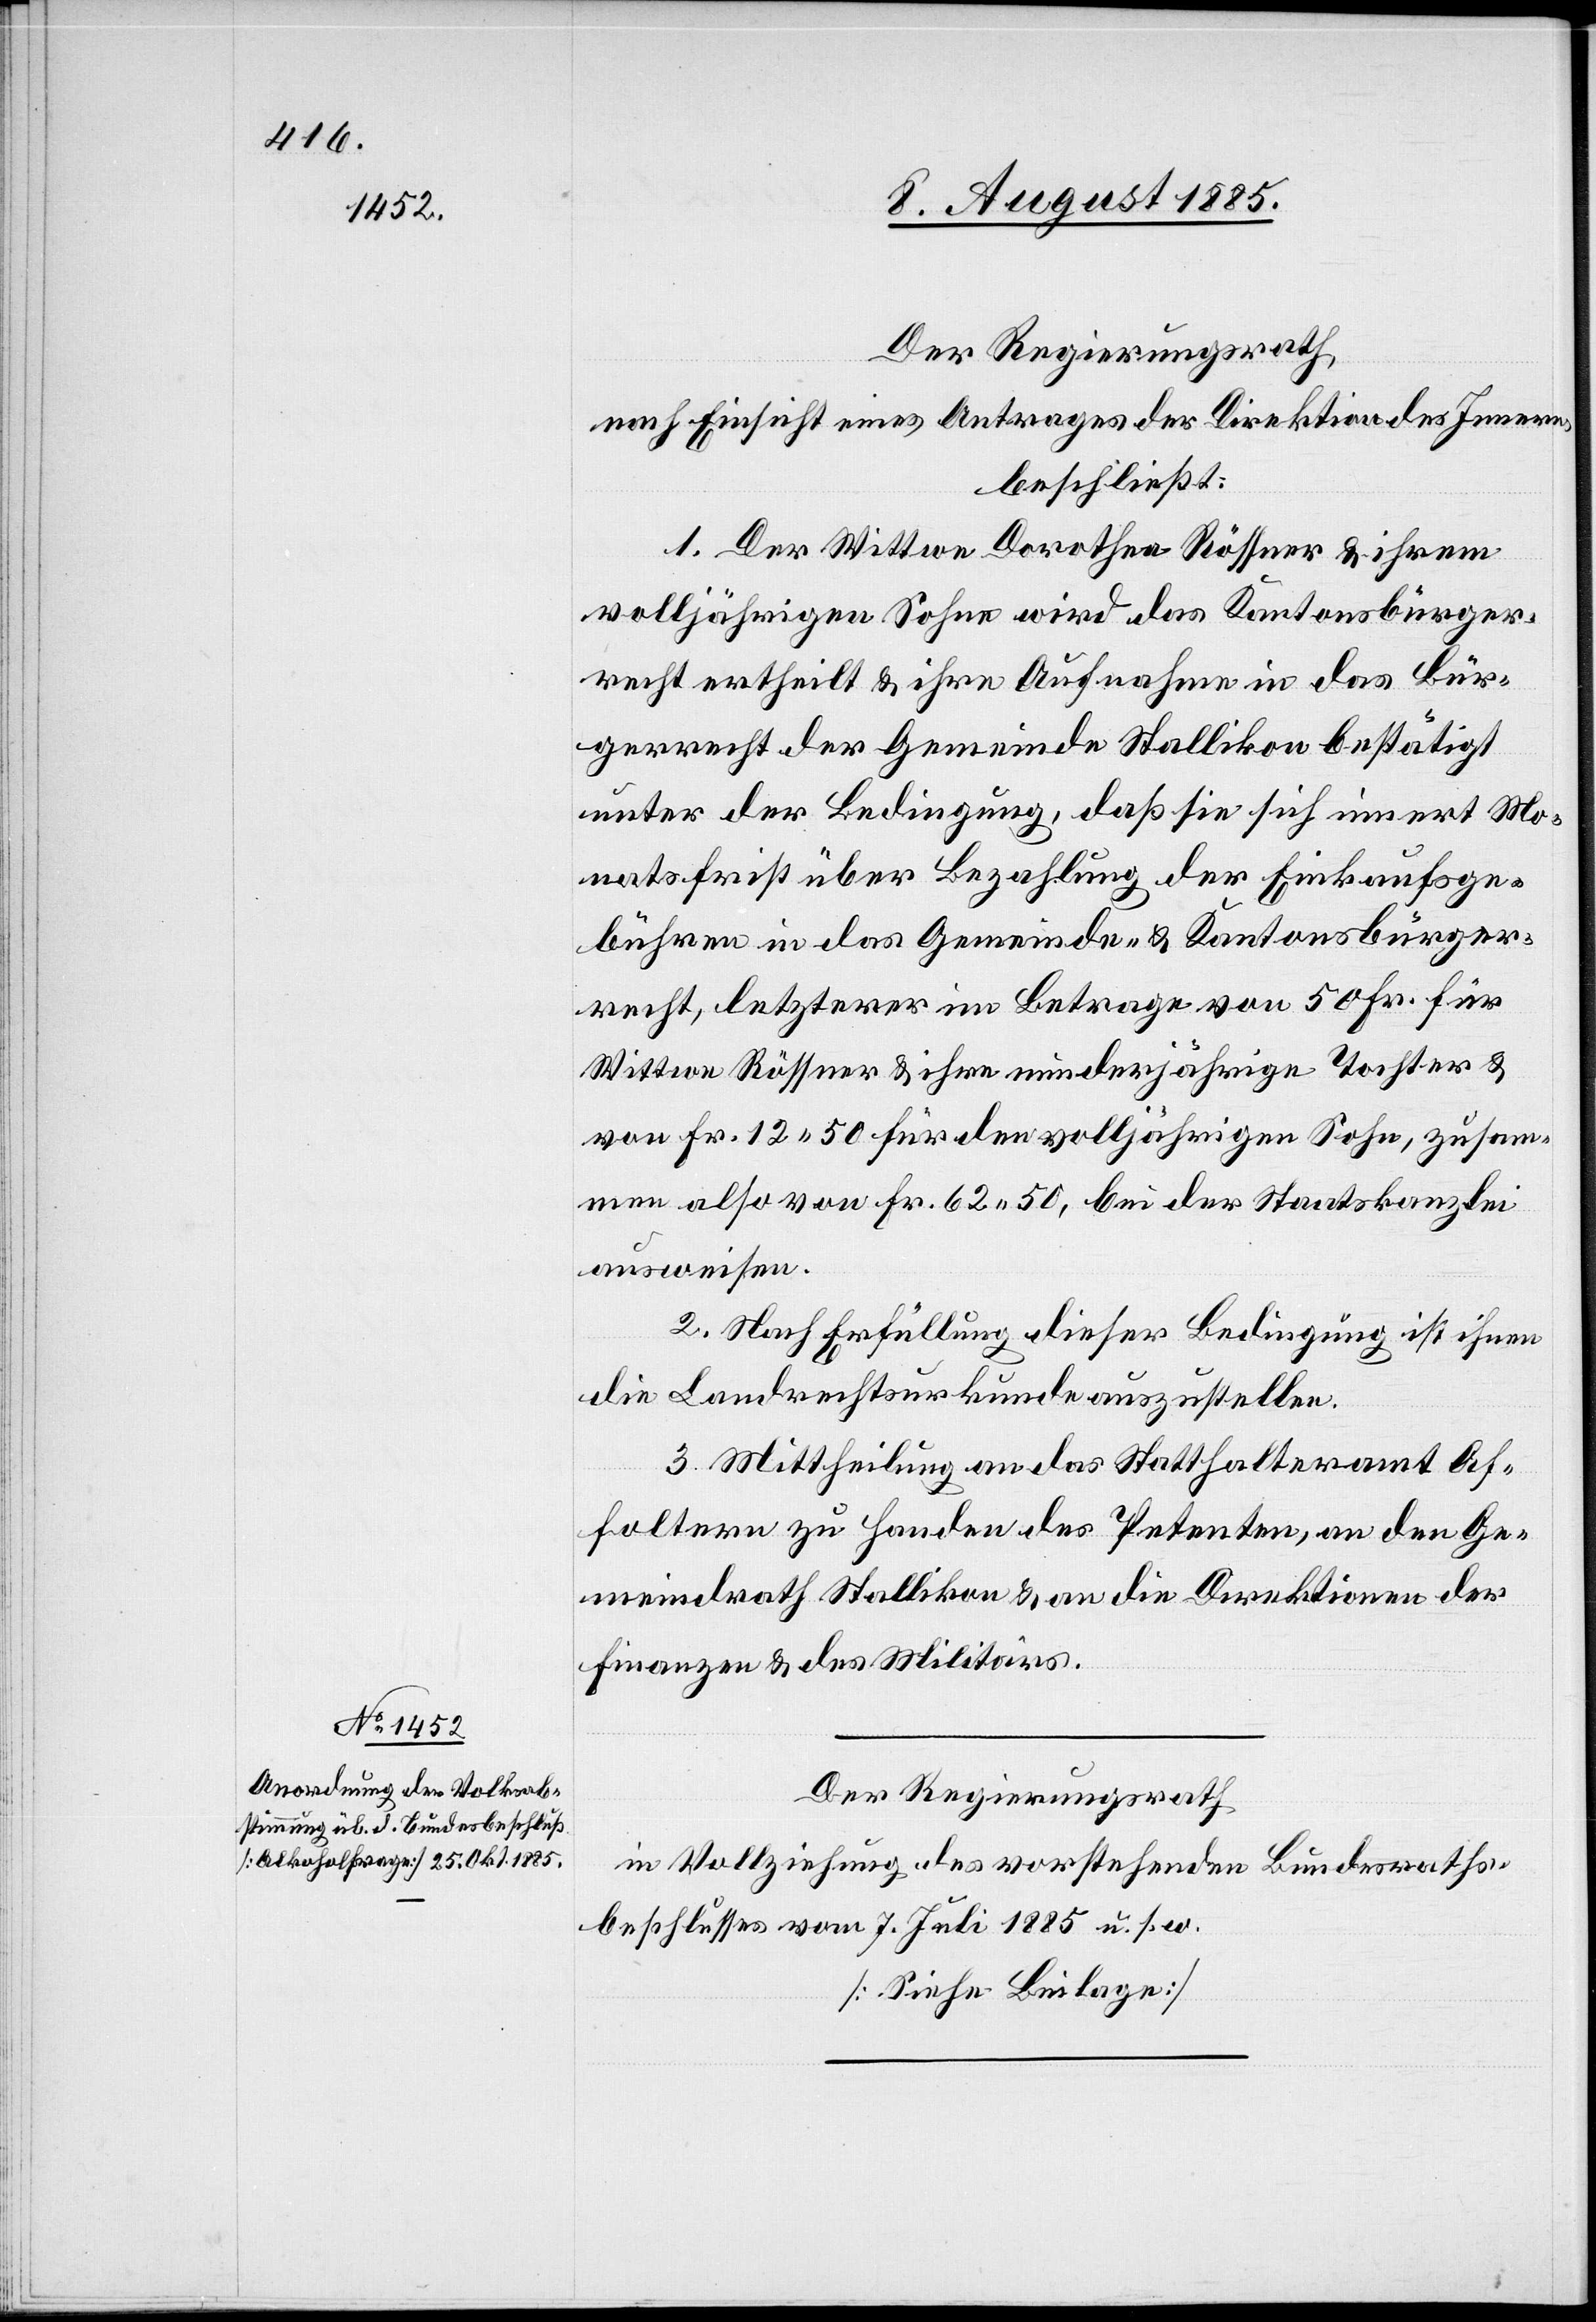
Der Regierungsrath,
nach Einsicht eines Antrages der Direktion des Innern,
beschließt:
1. Der Wittwe Dorothea Rössner & ihrem
volljährigen Sohn wird das Kantonsbürger¬
recht ertheilt & ihre Aufnahme in das Bür¬
gerrecht der Gemeinde Stallikon bestätigt
unter der Bedingung, daß sie sich innert Mo¬
natsfrist über Bezahlung der Einkaufsge¬
bühren in das Gemeinde- & Kantonsbürger¬
recht, letzterer im Betrage von 50 Fr. für
Wittwe Rössner & ihre minderjährige Tochter &
von Fr. 12 50 für den volljährigen Sohn, zusam¬
men also von Fr. 62 50, bei der Staatskanzlei
ausweisen.
2. Nach Erfüllung dieser Bedingung ist ihnen
die Landrechtsurkunde auszustellen.
3. Mittheilung an das Statthalteramt Af¬
foltern zu Handen des Petenten, an den Ge¬
meindrath Stallikon & an die Direktion der
Finanzen & des Militärs.
Der Regierungsrath
in Vollziehung des vorstehenden Bundesraths¬
beschlusses vom 7. Juli 1885 u. s. w.
[Siehe Beilage]